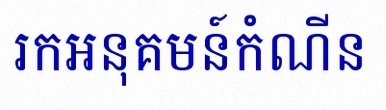
រកអនុគមន៍កំណើន